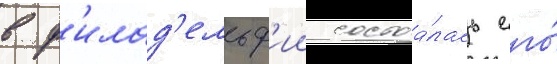
в ф'илад'ельф'ии состоа́лась его́